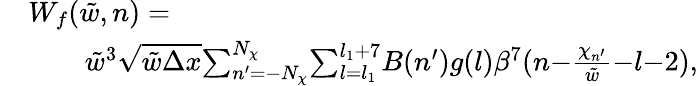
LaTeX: \begin{array}{rl}&{W_{f}(\tilde{w},n)=}\\ &{\qquad\tilde{w}^{3}\sqrt{\tilde{w}\Delta x}{\sum_{n^{\prime}=-N_{\chi}}^{N_{\chi}}}{\sum_{l=l_{1}}^{l_{1}+7}}B(n^{\prime})g(l)\beta^{7}(n{-}\frac{\chi_{n^{\prime}}}{\tilde{w}}{-}l{-}2),}\end{array}